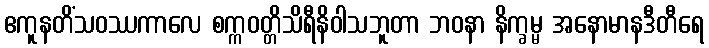
ဧကူနတိံသဝဿကာလေ စက္ကဝတ္တိသိရီနိဝါသဘူတာ ဘဝနာ နိက္ခမ္မ အနောမာနဒီတီရေ